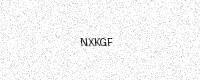
Text: NXKGF